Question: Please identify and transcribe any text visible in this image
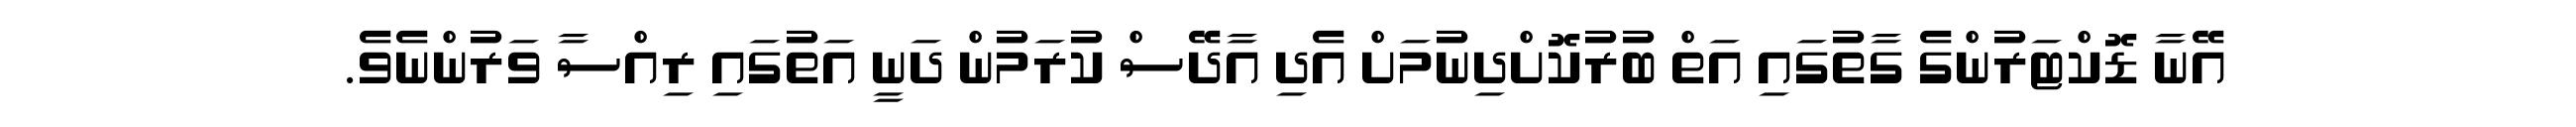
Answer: އޭނާ ޑޮކްޓަރުންގެ ގާތުގައި އަތް ބުރުކޮށްދިނުމަށް އެދި އާދޭސް ކުރަމުން ދަނީ އަތުގައި ރިއްސާ ވަރުންނެވެ.